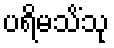
ပရိမသိံသု